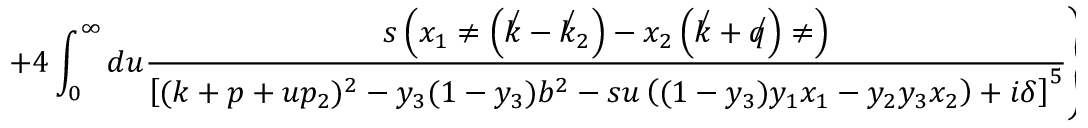
\left. + 4 \int _ { 0 } ^ { \infty } d u \frac { s \left( x _ { 1 } \not e \left( \not k - \not k _ { 2 } \right) - x _ { 2 } \left( \not k + \not q \right) \not e \right) } { \left[ ( k + p + u p _ { 2 } ) ^ { 2 } - y _ { 3 } ( 1 - y _ { 3 } ) b ^ { 2 } - s u \left( ( 1 - y _ { 3 } ) y _ { 1 } x _ { 1 } - y _ { 2 } y _ { 3 } x _ { 2 } \right) + i \delta \right] ^ { 5 } } \right\} \frac { \not p _ { 2 } } { s } v _ { 2 } ~ ,